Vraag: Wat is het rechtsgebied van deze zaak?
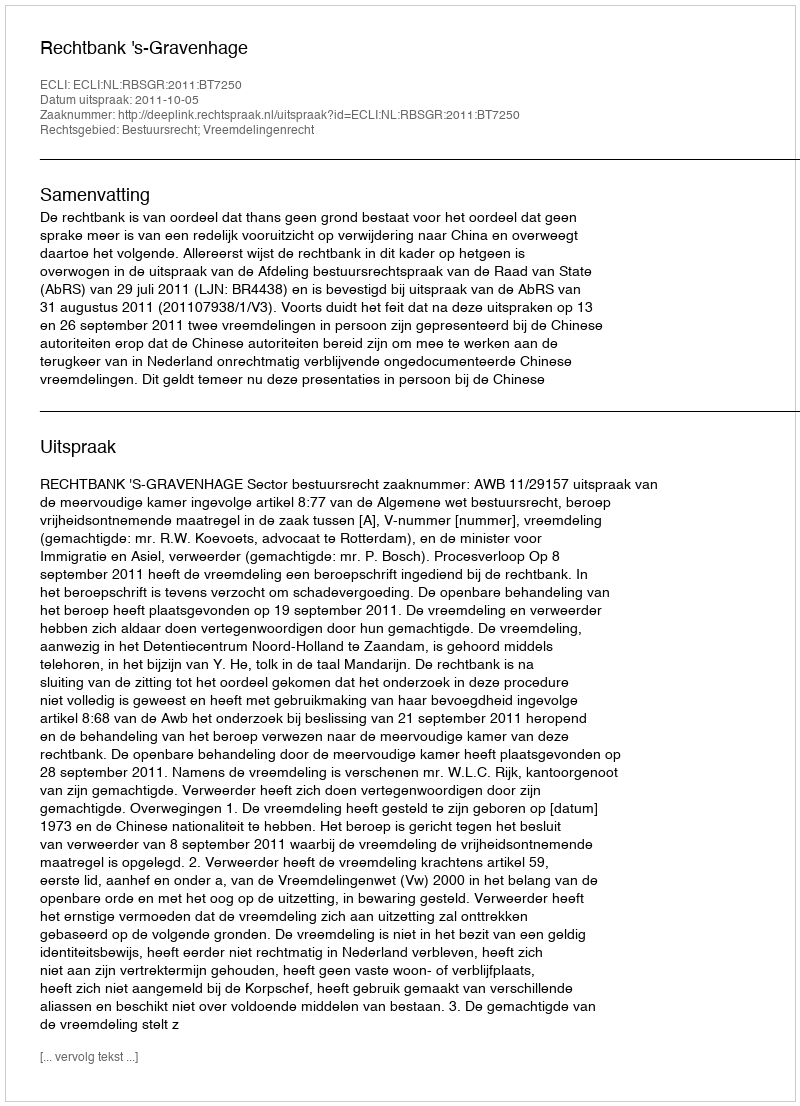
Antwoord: Bestuursrecht; Vreemdelingenrecht